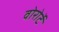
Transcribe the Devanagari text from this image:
वोरोर्टे